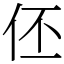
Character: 伾